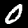
Label: 0